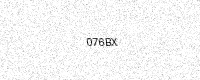
Text: 076BX